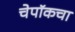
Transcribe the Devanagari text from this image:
चेपॉकचा